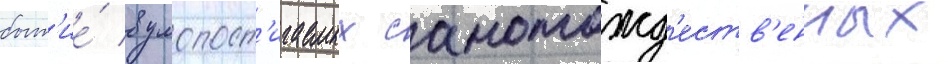
быт'ие́ в умопост'игаемых самотожд'еств'енных